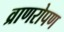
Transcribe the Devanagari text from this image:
व्राणरोपण